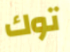
توك